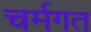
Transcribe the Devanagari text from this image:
चर्मगत